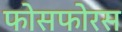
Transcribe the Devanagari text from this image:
फोसफोरस